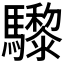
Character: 𩧋